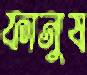
ফানুষ